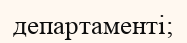
департаменті;